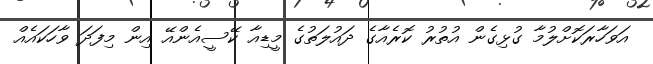
އަވަހާރަކޮށްލުމާ ގުޅިގެން އުތުރު ކޮރެއާގެ ދައުލަތުގެ މީޑިއާ ކޭސީއެންއޭ އިން މިފަދަ ވާހަކައެއް